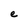
Character: e